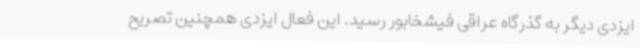
ایزدی دیگر به گذرگاه عراقی فیشخابور رسید. این فعال ایزدی همچنین تصریح